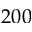
2 0 0